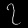
Digit: ၇